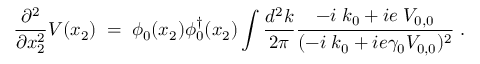
\frac { \partial ^ { 2 } } { \partial x _ { 2 } ^ { 2 } } V ( x _ { 2 } ) \; = \; \phi _ { 0 } ( x _ { 2 } ) \phi _ { 0 } ^ { \dagger } ( x _ { 2 } ) \int \frac { d ^ { 2 } k } { 2 \pi } \frac { - i \; k _ { 0 } + i e \; V _ { 0 , 0 } } { ( - i \; k _ { 0 } + i e \gamma _ { 0 } V _ { 0 , 0 } ) ^ { 2 } } \; .